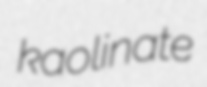
kaolinate